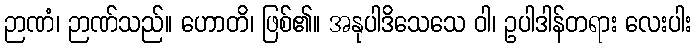
ဉာဏံ၊ ဉာဏ်သည်။ ဟောတိ၊ ဖြစ်၏။ အနုပါဒိသေသေ ဝါ၊ ဥပါဒါန်တရား လေးပါး